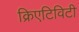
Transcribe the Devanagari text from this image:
क्रिएटिविटी